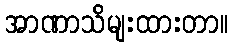
အာဏာသိမျးထားတာ။